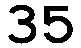
35